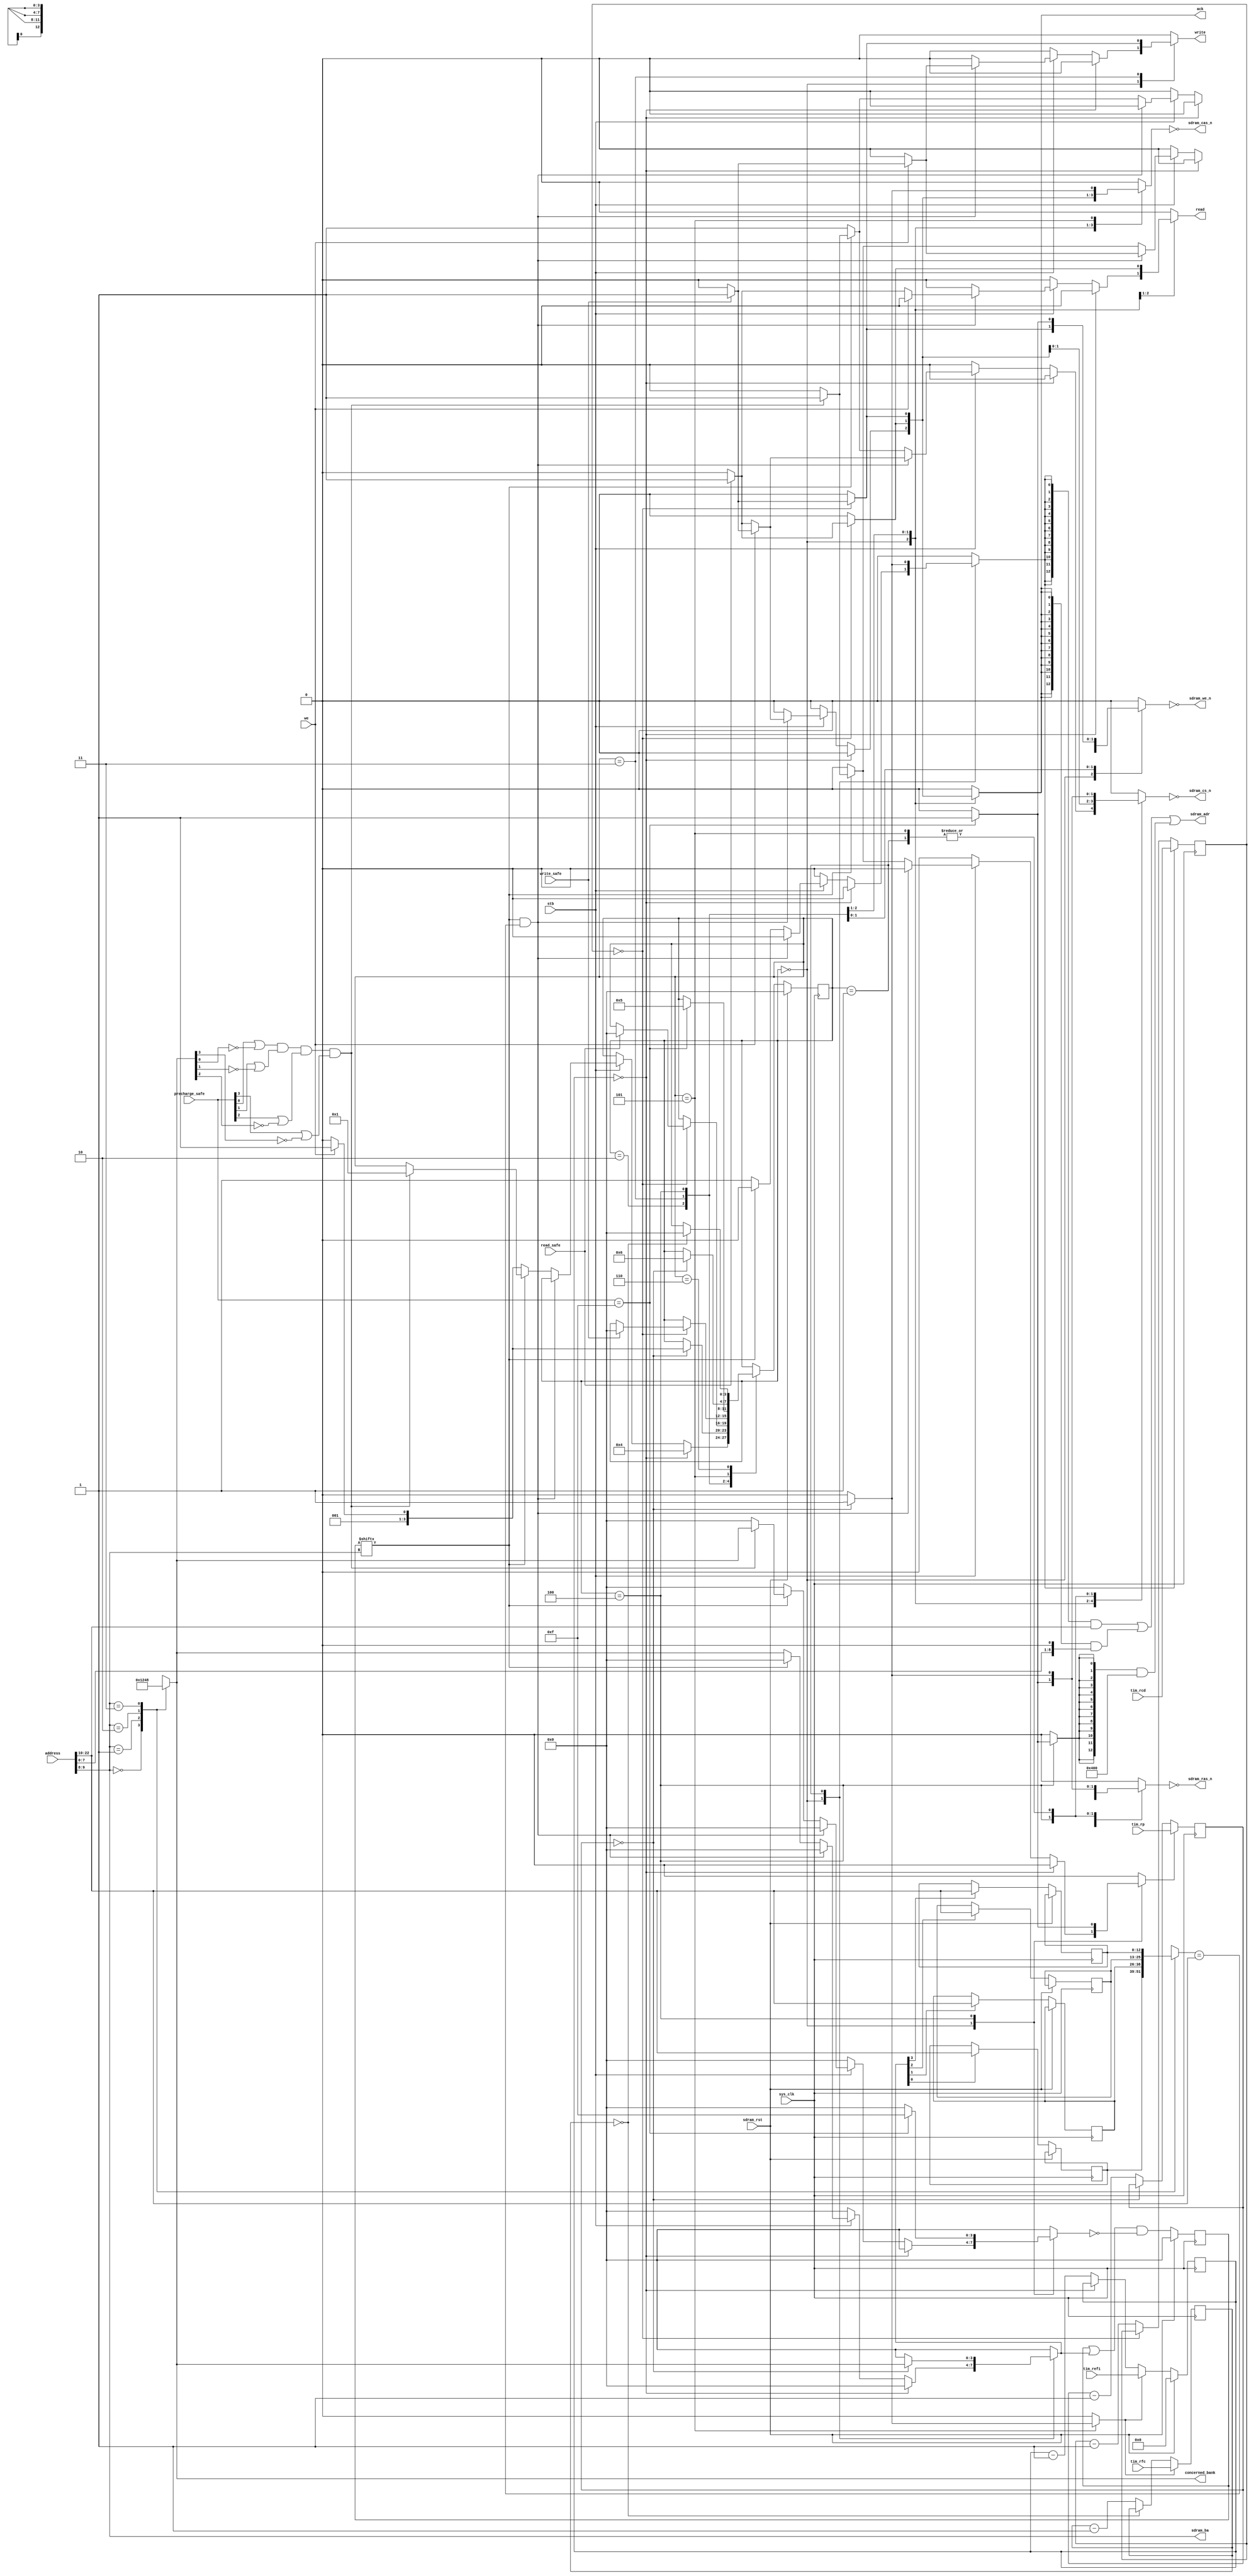
/*
 * Milkymist SoC
 * Copyright (C) 2007, 2008, 2009, 2011 Sebastien Bourdeauducq
 *
 * This program is free software: you can redistribute it and/or modify
 * it under the terms of the GNU General Public License as published by
 * the Free Software Foundation, version 3 of the License.
 *
 * This program is distributed in the hope that it will be useful,
 * but WITHOUT ANY WARRANTY; without even the implied warranty of
 * MERCHANTABILITY or FITNESS FOR A PARTICULAR PURPOSE.  See the
 * GNU General Public License for more details.
 *
 * You should have received a copy of the GNU General Public License
 * along with this program.  If not, see <http://www.gnu.org/licenses/>.
 */

module hpdmc_mgmt #(
	parameter sdram_depth = 26,
	parameter sdram_columndepth = 9
) (
	input sys_clk,
	input sdram_rst,
	
	input [2:0] tim_rp,
	input [2:0] tim_rcd,
	input [10:0] tim_refi,
	input [3:0] tim_rfc,
	
	input stb,
	input we,
	input [sdram_depth-3-1:0] address, /* in 64-bit words */
	output reg ack,
	
	output reg read,
	output reg write,
	output [3:0] concerned_bank,
	input read_safe,
	input write_safe,
	input [3:0] precharge_safe,
	
	output sdram_cs_n,
	output sdram_we_n,
	output sdram_cas_n,
	output sdram_ras_n,
	output [12:0] sdram_adr,
	output [1:0] sdram_ba
);

/*
 * Address Mapping :
 * |    ROW ADDRESS   |    BANK NUMBER    |  COL ADDRESS  | for 32-bit words
 * |depth-1 coldepth+2|coldepth+1 coldepth|coldepth-1    0|
 * (depth for 32-bit words, which is sdram_depth-2)
 */

parameter rowdepth = sdram_depth-2-1-(sdram_columndepth+2)+1;

wire [sdram_depth-2-1:0] address32 = {address, 1'b0};

wire [sdram_columndepth-1:0] col_address = address32[sdram_columndepth-1:0];
wire [1:0] bank_address = address32[sdram_columndepth+1:sdram_columndepth];
wire [rowdepth-1:0] row_address = address32[sdram_depth-2-1:sdram_columndepth+2];

reg [3:0] bank_address_onehot;
always @(*) begin
	case(bank_address)
		2'b00: bank_address_onehot <= 4'b0001;
		2'b01: bank_address_onehot <= 4'b0010;
		2'b10: bank_address_onehot <= 4'b0100;
		2'b11: bank_address_onehot <= 4'b1000;
	endcase
end

/* Track open rows */
reg [3:0] has_openrow;
reg [rowdepth-1:0] openrows[0:3];
reg [3:0] track_close;
reg [3:0] track_open;

always @(posedge sys_clk) begin
	if(sdram_rst) begin
		has_openrow = 4'h0;
	end else begin
		has_openrow = (has_openrow | track_open) & ~track_close;
		
		if(track_open[0]) openrows[0] <= row_address;
		if(track_open[1]) openrows[1] <= row_address;
		if(track_open[2]) openrows[2] <= row_address;
 		if(track_open[3]) openrows[3] <= row_address;
	end
end

/* Bank precharge safety */
assign concerned_bank = bank_address_onehot;
wire current_precharge_safe =
	 (precharge_safe[0] | ~bank_address_onehot[0])
	&(precharge_safe[1] | ~bank_address_onehot[1])
	&(precharge_safe[2] | ~bank_address_onehot[2])
	&(precharge_safe[3] | ~bank_address_onehot[3]);


/* Check for page hits */
wire bank_open = has_openrow[bank_address];
wire page_hit = bank_open & (openrows[bank_address] == row_address);

/* Address drivers */
reg sdram_adr_loadrow;
reg sdram_adr_loadcol;
reg sdram_adr_loadA10;
assign sdram_adr =
	 ({13{sdram_adr_loadrow}}	& row_address)
	|({13{sdram_adr_loadcol}}	& col_address)
	|({13{sdram_adr_loadA10}}	& 13'd1024);

assign sdram_ba = bank_address;

/* Command drivers */
reg sdram_cs;
reg sdram_we;
reg sdram_cas;
reg sdram_ras;
assign sdram_cs_n = ~sdram_cs;
assign sdram_we_n = ~sdram_we;
assign sdram_cas_n = ~sdram_cas;
assign sdram_ras_n = ~sdram_ras;

/* Timing counters */

/* The number of clocks we must wait following a PRECHARGE command (usually tRP). */
reg [2:0] precharge_counter;
reg reload_precharge_counter;
wire precharge_done = (precharge_counter == 3'd0);
always @(posedge sys_clk) begin
	if(reload_precharge_counter)
		precharge_counter <= tim_rp;
	else if(~precharge_done)
		precharge_counter <= precharge_counter - 3'd1;
end

/* The number of clocks we must wait following an ACTIVATE command (usually tRCD). */
reg [2:0] activate_counter;
reg reload_activate_counter;
wire activate_done = (activate_counter == 3'd0);
always @(posedge sys_clk) begin
	if(reload_activate_counter)
		activate_counter <= tim_rcd;
	else if(~activate_done)
		activate_counter <= activate_counter - 3'd1;
end

/* The number of clocks we have left before we must refresh one row in the SDRAM array (usually tREFI). */
reg [10:0] refresh_counter;
reg reload_refresh_counter;
wire must_refresh = refresh_counter == 11'd0;
always @(posedge sys_clk) begin
	if(sdram_rst)
		refresh_counter <= 11'd0;
	else begin
		if(reload_refresh_counter)
			refresh_counter <= tim_refi;
		else if(~must_refresh)
			refresh_counter <= refresh_counter - 11'd1;
	end
end

/* The number of clocks we must wait following an AUTO REFRESH command (usually tRFC). */
reg [3:0] autorefresh_counter;
reg reload_autorefresh_counter;
wire autorefresh_done = (autorefresh_counter == 4'd0);
always @(posedge sys_clk) begin
	if(reload_autorefresh_counter)
		autorefresh_counter <= tim_rfc;
	else if(~autorefresh_done)
		autorefresh_counter <= autorefresh_counter - 4'd1;
end

/* FSM that pushes commands into the SDRAM */

reg [3:0] state;
reg [3:0] next_state;

parameter IDLE			= 4'd0;
parameter ACTIVATE		= 4'd1;
parameter READ			= 4'd2;
parameter WRITE			= 4'd3;
parameter PRECHARGEALL		= 4'd4;
parameter AUTOREFRESH		= 4'd5;
parameter AUTOREFRESH_WAIT	= 4'd6;

always @(posedge sys_clk) begin
	if(sdram_rst)
		state <= IDLE;
	else begin
		//$display("state: %d -> %d", state, next_state);
		state <= next_state;
	end
end

always @(*) begin
	next_state = state;
	
	reload_precharge_counter = 1'b0;
	reload_activate_counter = 1'b0;
	reload_refresh_counter = 1'b0;
	reload_autorefresh_counter = 1'b0;
	
	sdram_cs = 1'b0;
	sdram_we = 1'b0;
	sdram_cas = 1'b0;
	sdram_ras = 1'b0;
	
	sdram_adr_loadrow = 1'b0;
	sdram_adr_loadcol = 1'b0;
	sdram_adr_loadA10 = 1'b0;
	
	track_close = 4'b0000;
	track_open = 4'b0000;
	
	read = 1'b0;
	write = 1'b0;
	
	ack = 1'b0;
	
	case(state)
		IDLE: begin
			if(must_refresh)
				next_state = PRECHARGEALL;
			else begin
				if(stb) begin
					if(page_hit) begin
						if(we) begin
							if(write_safe) begin
								/* Write */
								sdram_cs = 1'b1;
								sdram_ras = 1'b0;
								sdram_cas = 1'b1;
								sdram_we = 1'b1;
								sdram_adr_loadcol = 1'b1;
								
								write = 1'b1;
								ack = 1'b1;
							end
						end else begin
							if(read_safe) begin
								/* Read */
								sdram_cs = 1'b1;
								sdram_ras = 1'b0;
								sdram_cas = 1'b1;
								sdram_we = 1'b0;
								sdram_adr_loadcol = 1'b1;
								
								read = 1'b1;
								ack = 1'b1;
							end
						end
					end else begin
						if(bank_open) begin
							if(current_precharge_safe) begin
								/* Precharge Bank */
								sdram_cs = 1'b1;
								sdram_ras = 1'b1;
								sdram_cas = 1'b0;
								sdram_we = 1'b1;
								
								track_close = bank_address_onehot;
								reload_precharge_counter = 1'b1;
								next_state = ACTIVATE;
							end
						end else begin
							/* Activate */
							sdram_cs = 1'b1;
							sdram_ras = 1'b1;
							sdram_cas = 1'b0;
							sdram_we = 1'b0;
							sdram_adr_loadrow = 1'b1;
				
							track_open = bank_address_onehot;
							reload_activate_counter = 1'b1;
							if(we)
								next_state = WRITE;
							else
								next_state = READ;
						end
					end
				end
			end
		end
		
		ACTIVATE: begin
			if(precharge_done) begin
				sdram_cs = 1'b1;
				sdram_ras = 1'b1;
				sdram_cas = 1'b0;
				sdram_we = 1'b0;
				sdram_adr_loadrow = 1'b1;
				
				track_open = bank_address_onehot;
				reload_activate_counter = 1'b1;
				if(we)
					next_state = WRITE;
				else
					next_state = READ;
			end
		end
		READ: begin
			if(activate_done) begin
				if(read_safe) begin
					sdram_cs = 1'b1;
					sdram_ras = 1'b0;
					sdram_cas = 1'b1;
					sdram_we = 1'b0;
					sdram_adr_loadcol = 1'b1;
					
					read = 1'b1;
					ack = 1'b1;
					next_state = IDLE;
				end
			end
		end
		WRITE: begin
			if(activate_done) begin
				if(write_safe) begin
					sdram_cs = 1'b1;
					sdram_ras = 1'b0;
					sdram_cas = 1'b1;
					sdram_we = 1'b1;
					sdram_adr_loadcol = 1'b1;
					
					write = 1'b1;
					ack = 1'b1;
					next_state = IDLE;
				end
			end
		end
		
		PRECHARGEALL: begin
			if(precharge_safe == 4'b1111) begin
				sdram_cs = 1'b1;
				sdram_ras = 1'b1;
				sdram_cas = 1'b0;
				sdram_we = 1'b1;
				sdram_adr_loadA10 = 1'b1;
	
				reload_precharge_counter = 1'b1;
				
				track_close = 4'b1111;
				
				next_state = AUTOREFRESH;
			end
		end
		AUTOREFRESH: begin
			if(precharge_done) begin
				sdram_cs = 1'b1;
				sdram_ras = 1'b1;
				sdram_cas = 1'b1;
				sdram_we = 1'b0;
				reload_refresh_counter = 1'b1;
				reload_autorefresh_counter = 1'b1;
				next_state = AUTOREFRESH_WAIT;
			end
		end
		AUTOREFRESH_WAIT: begin
			if(autorefresh_done)
				next_state = IDLE;
		end
		
	endcase
end

endmodule